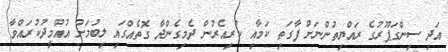
އަދި ސިންގަޕޫރުގެ ރައްޔިތުންނަށް ފާގަތި ކަމާއި ކުރިއެރުން ދެމިގެންދާ ގޮތެއްގައި ލިބުމަށް އުއްމީދުކުރައްވާ